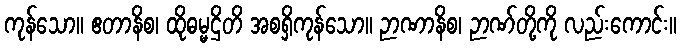
ကုန်သော။ ဧတာနိစ၊ ထိုဓမ္မဌိတိ အစရှိကုန်သော။ ဉာဏာနိစ၊ ဉာဏ်တို့ကို လည်းကောင်း။